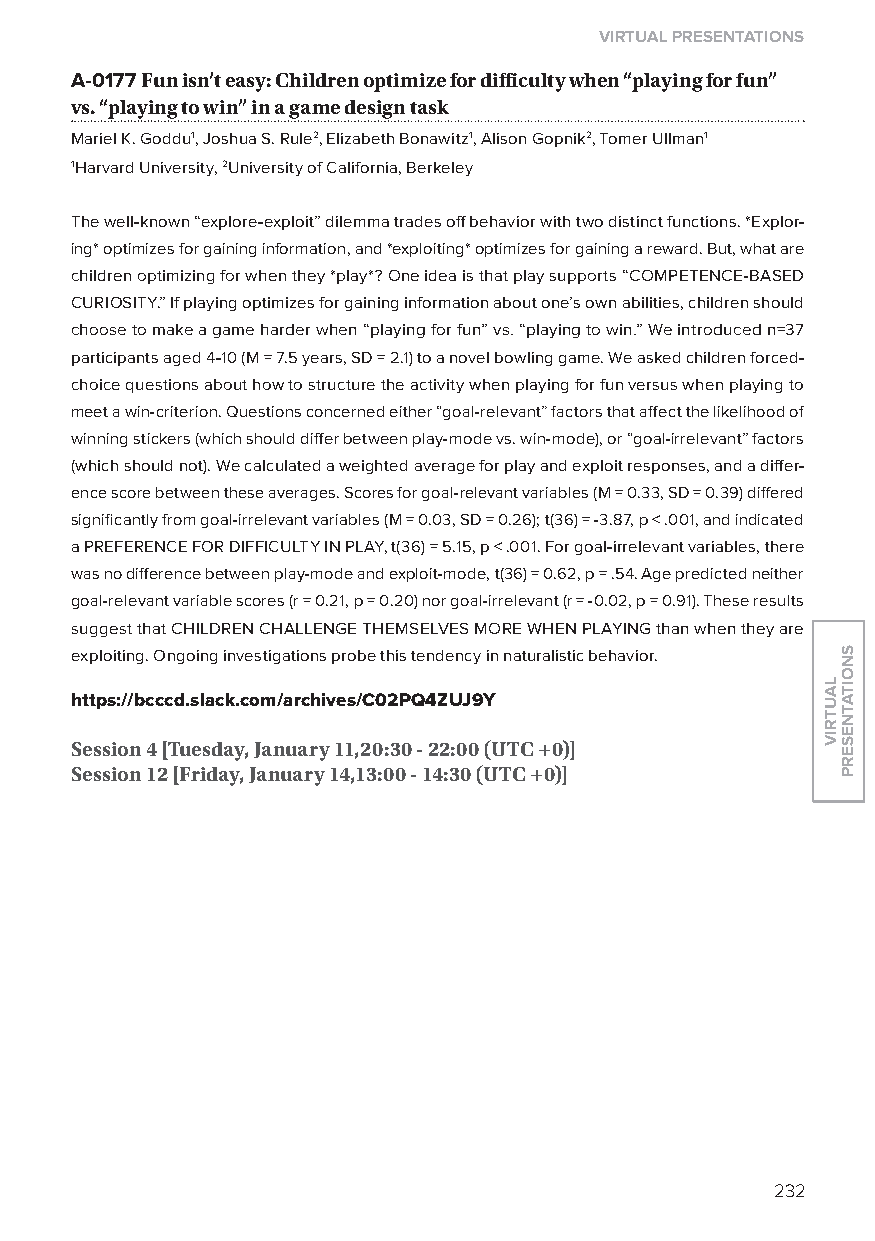
virtual presentations
 A-0177 fun isn’t easy: Children optimize for difficulty when “playing for fun”
 vs. “playing to win” in a game design task
 Mariel K. Goddu1, Joshua S. Rule2, Elizabeth Bonawitz1, Alison Gopnik2, Tomer Ullman1
 1Harvard University, 2University of California, Berkeley
 The well-known “explore-exploit” dilemma trades off behavior with two distinct functions. *Explor-
 ing* optimizes for gaining information, and *exploiting* optimizes for gaining a reward. But, what are
 children optimizing for when they *play*? one idea is that play supports “CoMPETENCE-BASED
 CURIoSITy.” If playing optimizes for gaining information about one’s own abilities, children should
 choose to make a game harder when “playing for fun” vs. “playing to win.” We introduced n=37
 participants aged 4-10 (M = 7.5 years, SD = 2.1) to a novel bowling game. We asked children forced-
 choice questions about how to structure the activity when playing for fun versus when playing to
 meet a win-criterion. Questions concerned either “goal-relevant” factors that affect the likelihood of
 winning stickers (which should differ between play-mode vs. win-mode), or “goal-irrelevant” factors
 (which should not). We calculated a weighted average for play and exploit responses, and a differ-
 ence score between these averages. Scores for goal-relevant variables (M = 0.33, SD = 0.39) differed
 significantly from goal-irrelevant variables (M = 0.03, SD = 0.26); t(36) = -3.87, p < .001, and indicated
 a PREFERENCE FoR DIFFICUlTy IN PlAy, t(36) = 5.15, p < .001. For goal-irrelevant variables, there
 was no difference between play-mode and exploit-mode, t(36) = 0.62, p = .54. Age predicted neither
 goal-relevant variable scores (r = 0.21, p = 0.20) nor goal-irrelevant (r = -0.02, p = 0.91). These results
 suggest that CHIlDREN CHAllENGE THEMSElVES MoRE WHEN PlAyING than when they are
 exploiting. ongoing investigations probe this tendency in naturalistic behavior.
 https://bcccd.slack.com/archives/C02pQ4ZuJ9y
 session 4 [tuesday, January 11,20:30 - 22:00 (utC +0)]
 session 12 [friday, January 14,13:00 - 14:30 (utC +0)]
 232
 lautriv
 snoitatneserp